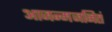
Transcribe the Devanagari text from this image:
आजन्मजनितं